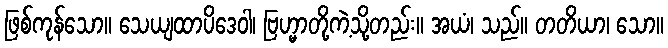
ဖြစ်ကုန်သော။ သေယျထာပိဒေဝါ၊ ဗြဟ္မာတို့ကဲ့သို့တည်း။ အယံ၊ သည်။ တတိယာ၊ သော။